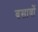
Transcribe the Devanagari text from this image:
बसावों